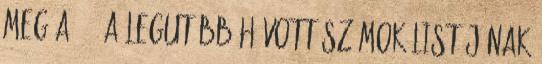
meg a 1. A legutóbb hívott számok listájának